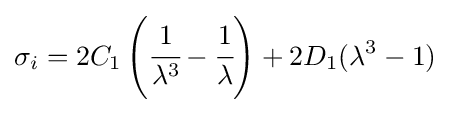
\sigma _{i}=2C_{1}\left({\cfrac {1}{\lambda ^{3}}}-{\cfrac {1}{\lambda }}\right)+2D_{1}(\lambda ^{3}-1)